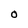
Character: O